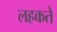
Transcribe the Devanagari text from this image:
लहकते